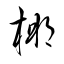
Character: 梛